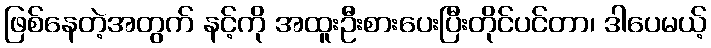
ဖြစ်နေတဲ့အတွက် နင့်ကို အထူးဦးစားပေးပြီးတိုင်ပင်တာ၊ ဒါပေမယ့်